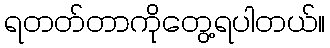
ရတတ်တာကိုတွေ့ရပါတယ်။